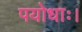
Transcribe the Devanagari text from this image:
पयोधाः।